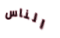
الناس